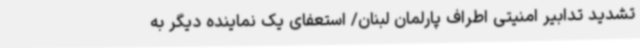
تشدید تدابیر امنیتی اطراف پارلمان لبنان/ استعفای یک نماینده دیگر به